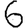
Digit: 6